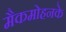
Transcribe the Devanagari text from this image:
मैकमोहनके